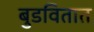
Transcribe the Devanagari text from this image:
बुडवितात